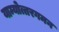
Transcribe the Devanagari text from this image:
याम्योत्तरगमन